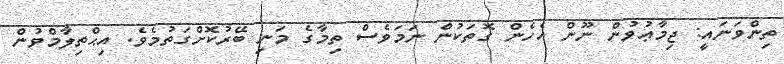
ތިންވަނައީ: ޖިމާޢުވުން ނޫން އެހެން ގޮތަކުން ނަމަވެސް ތިމާގެ މަނި ބޭރުކޮށްގަތުމެވެ. އިޙްތިލާމްވުން